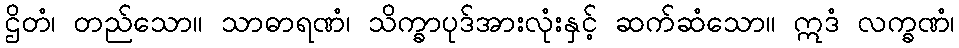
ဌိတံ၊ တည်သော။ သာဓာရဏံ၊ သိက္ခာပုဒ်အားလုံးနှင့် ဆက်ဆံသော။ ဣဒံ လက္ခဏံ၊